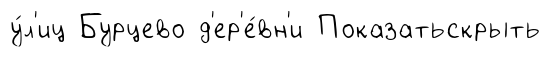
у́л'иц Бурцево д'ер'е́вн'и Показатьскрыть